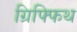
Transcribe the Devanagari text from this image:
ग्रिफ्फिथ